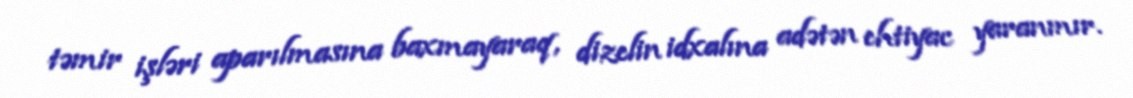
təmir işləri aparılmasına baxmayaraq, dizelin idxalına adətən ehtiyac yaranmır.